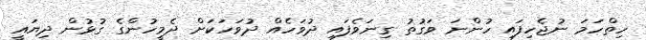
ހިތްހަމަ ނުޖެހިފައި ހުންނަ ވަގުތު ގިނަވެފައި ދުވަހެއް ދުވަހަކަށް ދެމީހުންގެ ގުޅުން ދިޔައީ